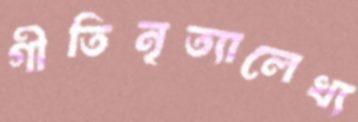
গীতিনৃত্যালেখ্য